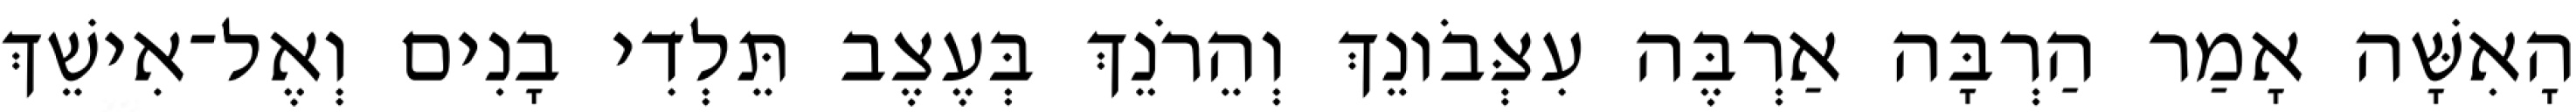
הָאִשָּׁה אָמַר הַרְבָּה אַרְבֶּה עִצְּבֹונֵךְ וְהֵרֹנֵךְ בְּעֶצֶב תֵּלְדִי בָנִים וְאֶל־אִישֵׁךְ